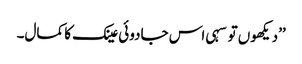
’’دیکھوں تو سہی اس جادوئی عینک کا کمال۔